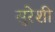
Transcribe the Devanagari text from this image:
सूरेशी